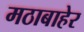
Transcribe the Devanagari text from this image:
मठाबाहेर